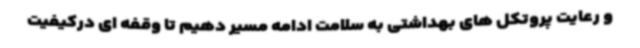
و رعایت پروتکل های بهداشتی به سلامت ادامه مسیر دهیم تا وقفه ای درکیفیت